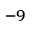
^ { - 9 }